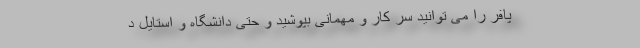
پافر را می توانید سر کار و مهمانی بپوشید و حتی دانشگاه و استایل د